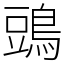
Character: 𪁞